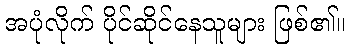
အပုံလိုက် ပိုင်ဆိုင်နေသူများ ဖြစ်၏။